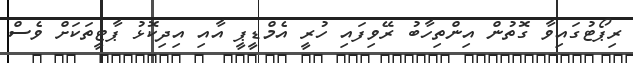
ރިޕޯޓުގައިވާ ގޮތުން އިންތިހާބު ރޭވިފައި ހުރީ އެމްޑީޕީ އާއި އިދިކޮޅު ޕާޓީތަކަށް ވެސް